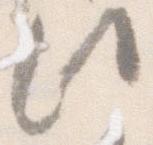
此